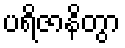
ပရိဇာနိတွာ